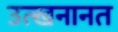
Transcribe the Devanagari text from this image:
उत्खनानत